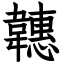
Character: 韢